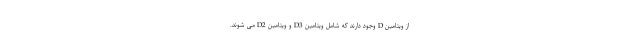
از ویتامین D وجود دارند که شامل ویتامین D3 و ویتامین D2 می شوند.